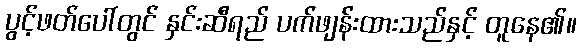
ပွင့်ဖတ်ပေါ်တွင် နှင်းဆီရည် ပက်ဖျန်းထားသည်နှင့် တူနေ၏။